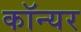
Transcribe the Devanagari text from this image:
कॉन्यर